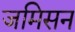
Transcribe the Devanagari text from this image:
जमिसन